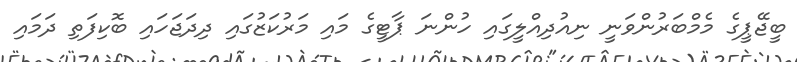
ބީޖޭޕީގެ މެމްބަރުންވަނީ ނިއުދިއްލީގައި ހުންނަ ޕާޓީގެ މައި މަރުކަޒުގައި ދިދަޖަހައި ބޮކިފަތި ދަމައި